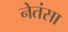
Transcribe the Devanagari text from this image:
नेतंसा